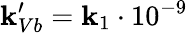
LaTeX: \mathbf{k}_{Vb}^{\prime}=\mathbf{k}_{1}\cdot10^{-9}